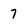
Character: 7